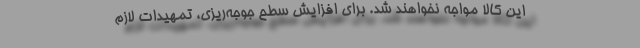
این کالا مواجه نخواهند شد. برای افزایش سطح جوجه‌ریزی، تمهیدات لازم